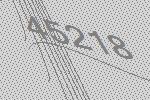
45218